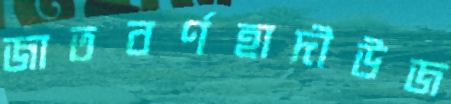
জাতবর্ণহাদীউজ